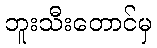
ဘူးသီးတောင်မှ